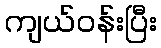
ကျယ်ဝန်းပြီး